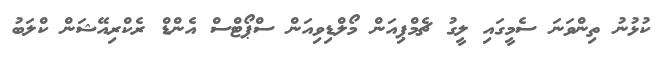
ކުޅުނު ތިންވަނަ ސެމީގައި ލީގު ޗެމްޕިއަން މޯލްޑިވިއަން ސްޕޯޓްސް އެންޑް ރެކްރިއޭޝަން ކްލަބު